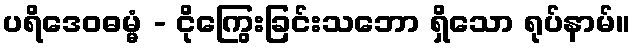
ပရိဒေဝဓမ္မံ - ငိုကြွေးခြင်းသဘော ရှိသော ရုပ်နာမ်။